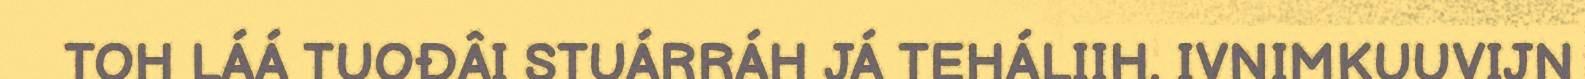
TOH LÁÁ TUOĐÂI STUÁRRÁH JÁ TEHÁLIIH. IVNIMKUUVIJN